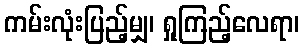
ကမ်းလုံးပြည့်မျှ၊ ရှုကြည့်လေရာ၊